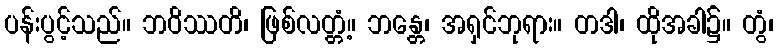
ပန်းပွင့်သည်။ ဘဝိဿတိ၊ ဖြစ်လတ္တံ့။ ဘန္တေ၊ အရှင်ဘုရား။ တဒါ၊ ထိုအခါ၌။ တွံ၊